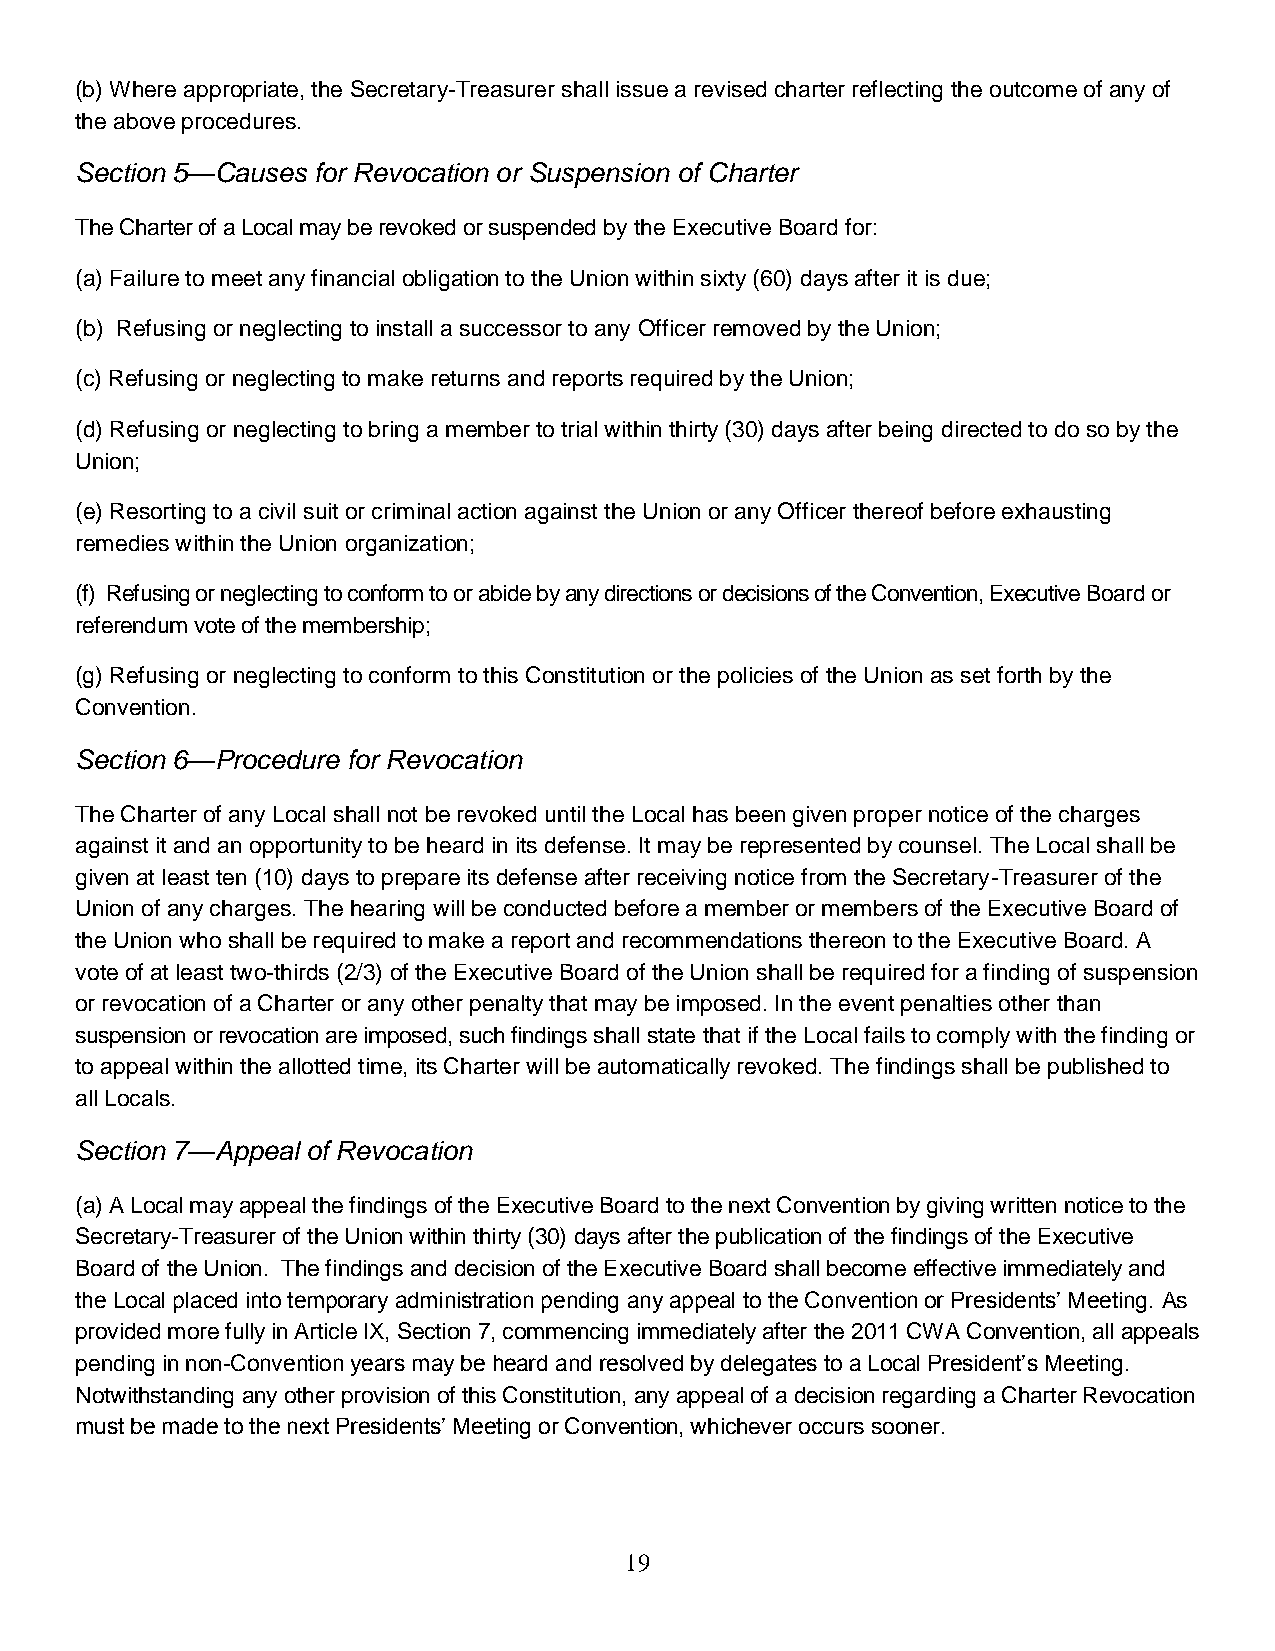
(b) Where appropriate, the Secretary-Treasurer shall issue a revised charter reflecting the outcome of any of
 the above procedures.
 Section 5—Causes for Revocation or Suspension of Charter
 The Charter of a Local may be revoked or suspended by the Executive Board for:
 (a) Failure to meet any financial obligation to the Union within sixty (60) days after it is due;
 (b) Refusing or neglecting to install a successor to any Officer removed by the Union;
 (c) Refusing or neglecting to make returns and reports required by the Union;
 (d) Refusing or neglecting to bring a member to trial within thirty (30) days after being directed to do so by the
 Union;
 (e) Resorting to a civil suit or criminal action against the Union or any Officer thereof before exhausting
 remedies within the Union organization;
 (f) Refusing or neglecting to conform to or abide by any directions or decisions of the Convention, Executive Board or
 referendum vote of the membership;
 (g) Refusing or neglecting to conform to this Constitution or the policies of the Union as set forth by the
 Convention.
 Section 6—Procedure for Revocation
 The Charter of any Local shall not be revoked until the Local has been given proper notice of the charges
 against it and an opportunity to be heard in its defense. It may be represented by counsel. The Local shall be
 given at least ten (10) days to prepare its defense after receiving notice from the Secretary-Treasurer of the
 Union of any charges. The hearing will be conducted before a member or members of the Executive Board of
 the Union who shall be required to make a report and recommendations thereon to the Executive Board. A
 vote of at least two-thirds (2/3) of the Executive Board of the Union shall be required for a finding of suspension
 or revocation of a Charter or any other penalty that may be imposed. In the event penalties other than
 suspension or revocation are imposed, such findings shall state that if the Local fails to comply with the finding or
 to appeal within the allotted time, its Charter will be automatically revoked. The findings shall be published to
 all Locals.
 Section 7—Appeal of Revocation
 (a) A Local may appeal the findings of the Executive Board to the next Convention by giving written notice to the
 Secretary-Treasurer of the Union within thirty (30) days after the publication of the findings of the Executive
 Board of the Union. The findings and decision of the Executive Board shall become effective immediately and
 the Local placed into temporary administration pending any appeal to the Convention or Presidents’ Meeting. As
 provided more fully in Article IX, Section 7, commencing immediately after the 2011 CWA Convention, all appeals
 pending in non-Convention years may be heard and resolved by delegates to a Local President’s Meeting.
 Notwithstanding any other provision of this Constitution, any appeal of a decision regarding a Charter Revocation
 must be made to the next Presidents’ Meeting or Convention, whichever occurs sooner.
 19